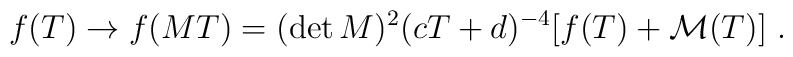
f(T) \rightarrow f(MT)=(\det M )^{2} (cT+d)^{-4} [f(T)+{\cal M}(T)]\ .